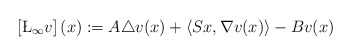
\begin{align*} \left[\L_{\infty}v\right](x):=A\triangle v(x)+\left\langle Sx,\nabla v(x)\right\rangle-Bv(x)\end{align*}